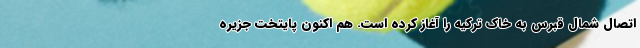
اتصال شمال قبرس به خاک ترکیه را آغاز کرده است. هم اکنون پایتخت جزیره